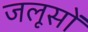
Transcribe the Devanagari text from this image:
जलूसों